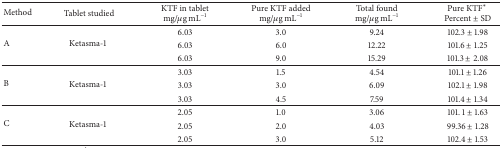
| Method | Tablet studied | KTF in tabletmg/μg mL−1 | Pure KTF addedmg/μg mL−1 | Total foundmg/μg mL−1 | Pure KTF* Percent ± SD |
 | --- | --- | --- | --- | --- | --- |
 | <ROWSPAN=3> A | <ROWSPAN=3> Ketasma-1 | 6.03 | 3.0 | 9.24 | 102.3 ± 1.98 |
 | 6.03 | 6.0 | 12.22 | 101.6 ± 1.25 |
 | 6.03 | 9.0 | 15.29 | 101.3 ± 2.08 |
 | <ROWSPAN=3> B | <ROWSPAN=3> Ketasma-1 | 3.03 | 1.5 | 4.54 | 101.1 ± 1.26 |
 | 3.03 | 3.0 | 6.09 | 102.1 ± 1.98 |
 | 3.03 | 4.5 | 7.59 | 101.4 ± 1.34 |
 | <ROWSPAN=3> C | <ROWSPAN=3> Ketasma-1 | 2.05 | 1.0 | 3.06 | 101. 1 ± 1.63 |
 | 2.05 | 2.0 | 4.03 | 99.36 ± 1.28 |
 | 2.05 | 3.0 | 5.12 | 102.4 ± 1.53 |